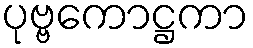
ပုဗ္ဗကောဋ္ဌကာ